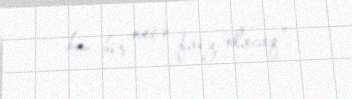
bu, bir neçə faiz olacaq”.